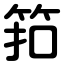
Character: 筘